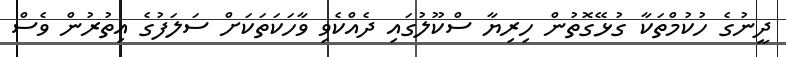
ދީނުގެ ހުކުމްތަކާ ގުޅޭގޮތުން ހިރިޔާ ސްކޫލުގައި ދެއްކެވި ވާހަކަތަކަށް ސަލަފުގެ އިތުރުން ވެސް